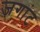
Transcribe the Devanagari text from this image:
जगांट